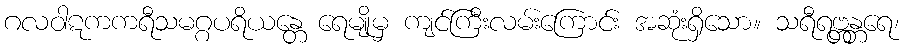
ဂလဝါဋကကရီသမဂ္ဂပရိယန္တေ ရေမျိုမှ ကျင်ကြီးလမ်းကြောင်း အဆုံးရှိသော။ သရီရဗ္တန္တရေ၊